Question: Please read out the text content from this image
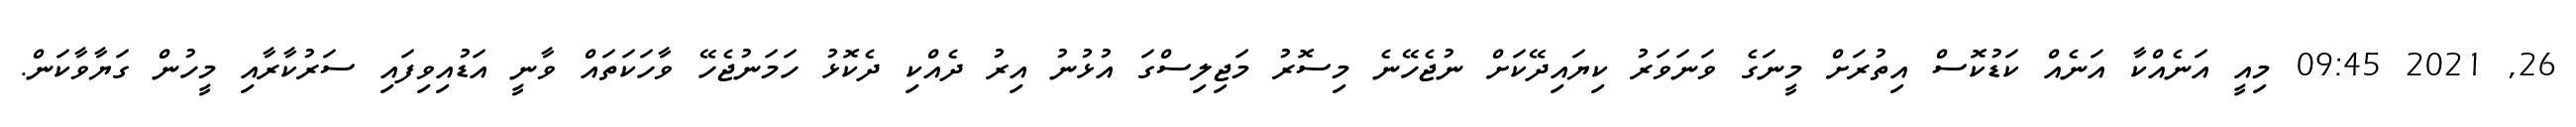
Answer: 26, 2021 09:45 މިއީ އަނެއްކާ އަނެއް ކަޑުކޮސް އިތުރަށް މީނަގެ ވަނަވަރު ކިޔައިދޭކަށް ނުޖެހޭނެ މިސޮރު މަޖިލިސްގަ އުޅުނު އިރު ދެއްކި ދެކޮޅު ހަމަނުޖެހޭ ވާހަކަތައް ވާނީ އަޑުއިވިފައި ސަރުކާރާއި މީހުން ގަޔާވާކަން.